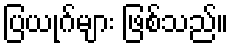
ပြယုဂ်များ ဖြစ်သည်။